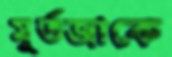
মূর্তজাকে